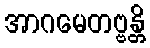
အာဂမေတဗ္ဗန္တိ